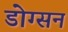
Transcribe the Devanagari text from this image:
डोग्सन